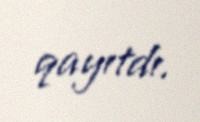
qayıtdı.